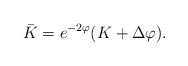
LaTeX: \begin{align*}\bar K=e^{-2\varphi}(K+\Delta\varphi).\end{align*}